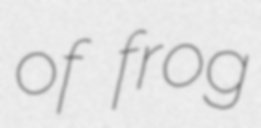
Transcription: of frog